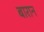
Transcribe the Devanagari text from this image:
बारान